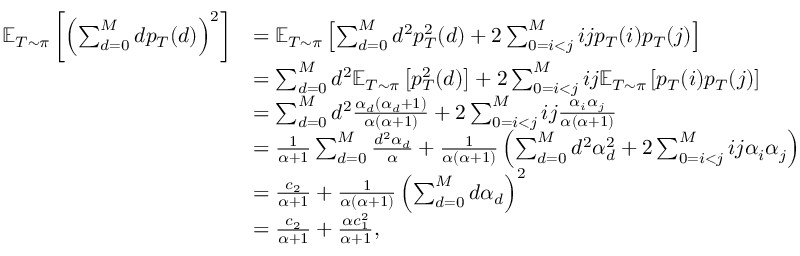
\begin{array} { r l } { \mathbb { E } _ { T \sim \pi } \left[ \left( \sum _ { d = 0 } ^ { M } d p _ { T } ( d ) \right) ^ { 2 } \right] } & { = \mathbb { E } _ { T \sim \pi } \left[ \sum _ { d = 0 } ^ { M } d ^ { 2 } p _ { T } ^ { 2 } ( d ) + 2 \sum _ { 0 = i < j } ^ { M } i j p _ { T } ( i ) p _ { T } ( j ) \right] } \\ & { = \sum _ { d = 0 } ^ { M } d ^ { 2 } \mathbb { E } _ { T \sim \pi } \left[ p _ { T } ^ { 2 } ( d ) \right] + 2 \sum _ { 0 = i < j } ^ { M } i j \mathbb { E } _ { T \sim \pi } \left[ p _ { T } ( i ) p _ { T } ( j ) \right] } \\ & { = \sum _ { d = 0 } ^ { M } d ^ { 2 } \frac { \alpha _ { d } \left( \alpha _ { d } + 1 \right) } { \alpha \left( \alpha + 1 \right) } + 2 \sum _ { 0 = i < j } ^ { M } i j \frac { \alpha _ { i } \alpha _ { j } } { \alpha \left( \alpha + 1 \right) } } \\ & { = \frac { 1 } { \alpha + 1 } \sum _ { d = 0 } ^ { M } \frac { d ^ { 2 } \alpha _ { d } } { \alpha } + \frac { 1 } { \alpha \left( \alpha + 1 \right) } \left( \sum _ { d = 0 } ^ { M } d ^ { 2 } \alpha _ { d } ^ { 2 } + 2 \sum _ { 0 = i < j } ^ { M } i j \alpha _ { i } \alpha _ { j } \right) } \\ & { = \frac { c _ { 2 } } { \alpha + 1 } + \frac { 1 } { \alpha \left( \alpha + 1 \right) } \left( \sum _ { d = 0 } ^ { M } d \alpha _ { d } \right) ^ { 2 } } \\ & { = \frac { c _ { 2 } } { \alpha + 1 } + \frac { \alpha c _ { 1 } ^ { 2 } } { \alpha + 1 } , } \end{array}